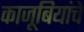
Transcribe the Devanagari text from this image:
काजूबियांचे